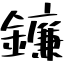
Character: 鐮